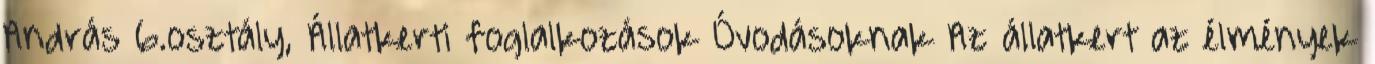
András 6.osztály, Állatkerti foglalkozások Óvodásoknak Az állatkert az élmények